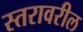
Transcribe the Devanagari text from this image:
स्‍तरावरील